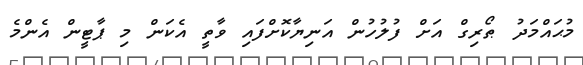
މުޙައްމަދު ޠޯރިގް އަށް ފުލުހުން އަނިޔާކޮށްފައި ވާތީ އެކަން މި ޕާޓީން އެންމެ